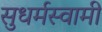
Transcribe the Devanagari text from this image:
सुधर्मस्वामी